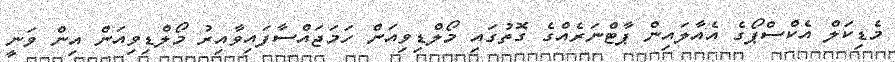
މެޑިކަލް އެކްސްޕޯގެ އެއާލައިން ޕާޓްނަރެއްގެ ގޮތުގައި މޯލްޑިވިއަން ހަމަޖައްސާފައިވާއިރު މޯލްޑިވިއަން އިން ވަނީ